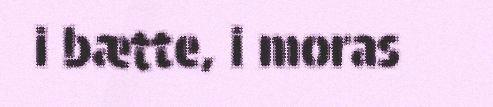
i bætte, i moras